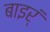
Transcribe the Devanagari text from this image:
बाइर्ं